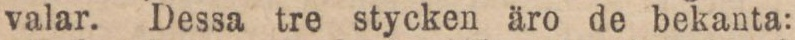
valar. Dessa tre stycken äro de bekanta: